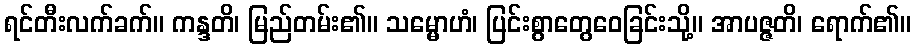
ရင်တီးလက်ခက်။ ကန္ဒတိ၊ မြည်တမ်း၏။ သမ္မောဟံ၊ ပြင်းစွာတွေဝေခြင်းသို့။ အာပဇ္ဇတိ၊ ရောက်၏။